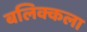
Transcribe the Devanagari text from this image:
बलिक्कला